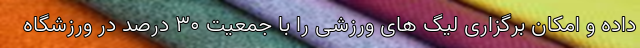
داده و امکان برگزاری لیگ های ورزشی را با جمعیت ۳۰ درصد در ورزشگاه